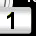
Digit: 1